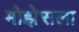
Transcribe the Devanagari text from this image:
मोझेसला